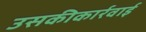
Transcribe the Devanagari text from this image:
उसकीकार्रवाई